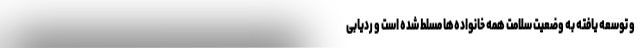
و توسعه یافته به وضعیت سلامت همه خانواده‌ها مسلط شده است و ردیابی